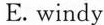
E. windy